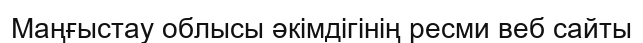
Маңғыстау облысы әкімдігінің ресми веб сайты